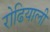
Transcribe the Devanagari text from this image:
रोढियाली